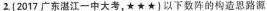
2{2017广东湛江一中大考，★★★ )以下数阵的构造思路源